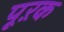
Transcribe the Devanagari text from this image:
पूऱक